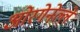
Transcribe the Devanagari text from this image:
ओरगेनेल्ले